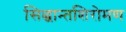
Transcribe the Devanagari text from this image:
सिद्धान्तशिरोमण